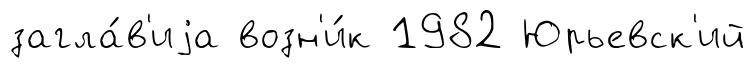
загла́в'иjа возн'и́к 1982 Юрьевск'ий